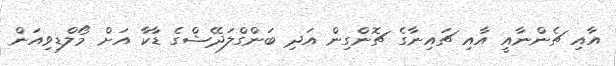
އާއި ޗެންނާއީ އާއި ޗައިނާގެ ޗޮންގިން އަދި ބަންގްލަދޭޝްގެ ޑާކާ އަށް މޯލްޑިވިއަން